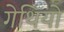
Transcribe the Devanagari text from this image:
गेथियो